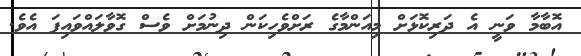
އޮބާމާ ވަނީ އެ ދަރިކޮޅަށް މިއަންމާގެ ރަށްވެހިކަން ދިނުމަށް ވެސް ގޮވާލައްވައިފަ އެވެ.